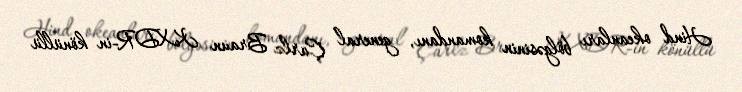
Hind okeanları bölgəsinin komandanı, general Çarlz Braun KXDR-in könüllü